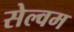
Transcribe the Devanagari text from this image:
सेल्वम